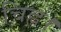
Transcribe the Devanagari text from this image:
चिह्न।